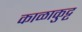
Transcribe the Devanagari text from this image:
काळाकुट्ट